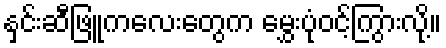
နှင်းဆီဖြူကလေးတွေက မွှေးပုံဝင့်ကြွားလို့။